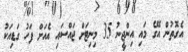
އެގޮތުން އޭގެ މައި އިންޖީނު 35 މިނިޓަށް ޖައްސައި އެއަށް ފަހު ގަޑިއަކު